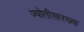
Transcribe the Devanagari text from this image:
ज्योतीसारख्या